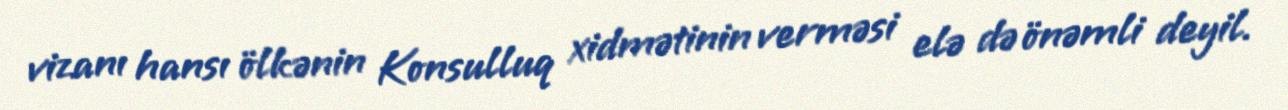
vizanı hansı ölkənin Konsulluq xidmətinin verməsi elə də önəmli deyil.